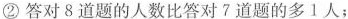
②答对8道题的人数比答对7道题的多1人: